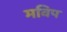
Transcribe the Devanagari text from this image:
मविप